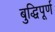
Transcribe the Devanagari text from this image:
बुद्धिपूर्ण